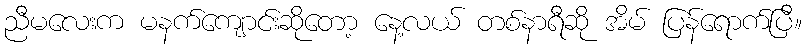
ညီမလေးက မနက်ကျောင်းဆိုတော့ နေ့လယ် တစ်နာရီဆို အိမ် ပြန်ရောက်ပြီ။